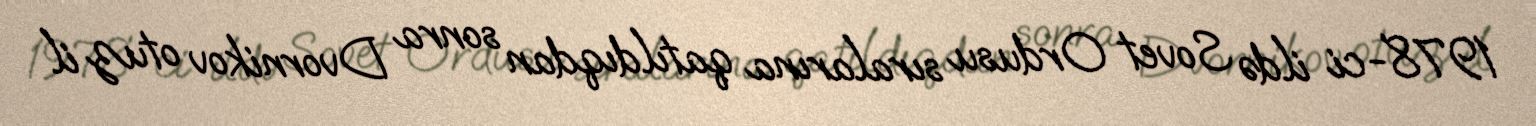
1978-ci ildə Sovet Ordusu sıralarına qatıldıqdan sonra Dvornikov otuz il